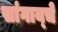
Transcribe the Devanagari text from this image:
सांगाय्चे